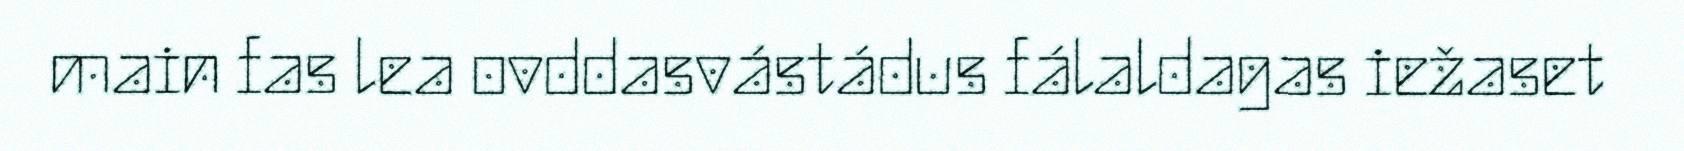
main fas lea ovddasvástádus fálaldagas iežaset